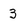
Character: 3